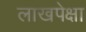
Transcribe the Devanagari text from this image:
लाखपेक्षा